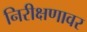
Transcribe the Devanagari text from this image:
निरीक्षणावर